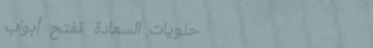
حلويات السعادة تفتح أبواب